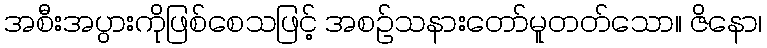
အစီးအပွားကိုဖြစ်စေသဖြင့် အစဉ်သနားတော်မူတတ်သော။ ဇိနော၊